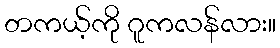
တကယ့်ကို ဂူကလန်လား။